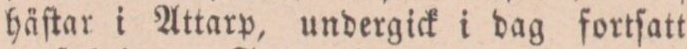
häſtar i Attarp, undergick i dag fortſatt